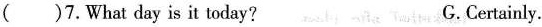
()7.What day is it today? G.Certainly.